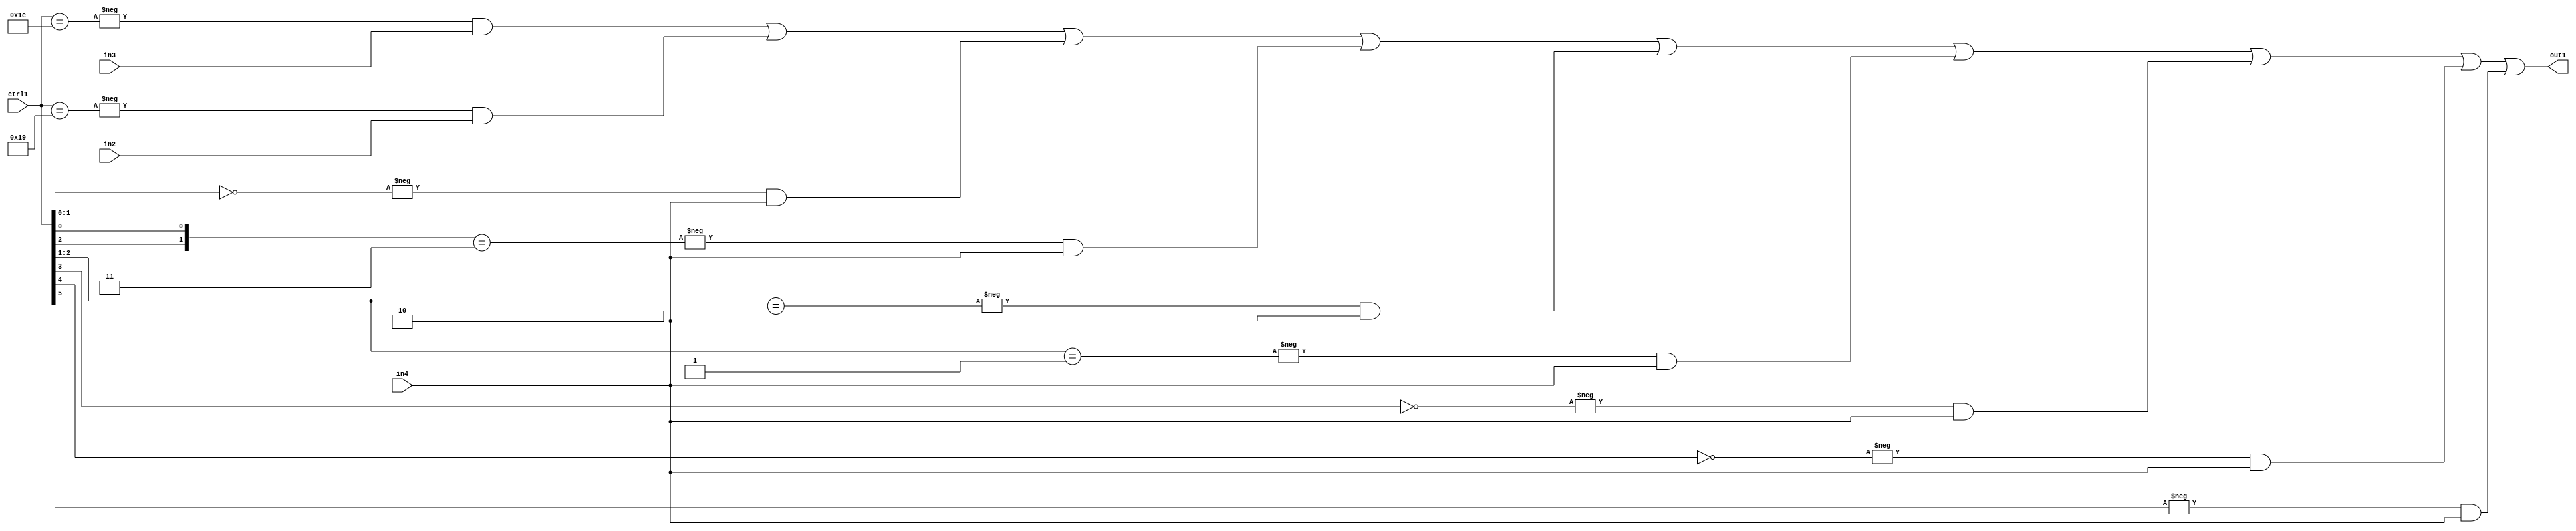
`timescale 1ps / 1ps
/*****************************************************************************
    Verilog RTL Description
    
    
    Created by: Stratus DpOpt 21.05.01 
*******************************************************************************/

module SobelFilter_N_Mux_32_3_80_1 (
	in4,
	in3,
	in2,
	ctrl1,
	out1
	); /* architecture "behavioural" */ 
input [31:0] in4;
input [8:0] in3,
	in2;
input [5:0] ctrl1;
output [31:0] out1;
wire [31:0] asc001;

assign asc001 = 
	-{ctrl1 == 6'B011110} & in3 |
	-{ctrl1 == 6'B011001} & in2 |
	-{ctrl1[1:0] == 2'B00} & in4 |
	-{{ctrl1[2], ctrl1[0]} == 2'B11} & in4 |
	-{ctrl1[2:1] == 2'B10} & in4 |
	-{ctrl1[2:1] == 2'B01} & in4 |
	-{ctrl1[3] == 1'B0} & in4 |
	-{ctrl1[4] == 1'B0} & in4 |
	-{ctrl1[5] == 1'B1} & in4 ;

assign out1 = asc001;
endmodule

/* CADENCE  vrD3SQo= : u9/ySxbfrwZIxEzHVQQV8Q== ** DO NOT EDIT THIS LINE ******/